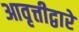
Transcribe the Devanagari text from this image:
आवृत्तीद्वारे